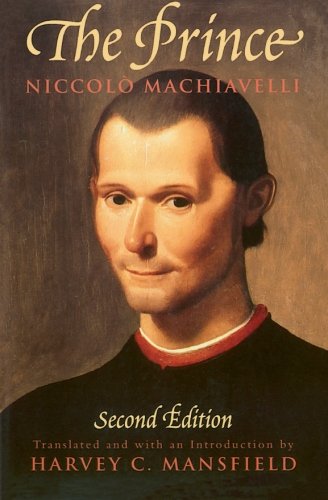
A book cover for The Prince: Second Edition; Niccolo Machiavelli; Politics & Social Sciences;